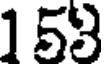
153